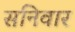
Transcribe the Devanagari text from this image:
सनिवार